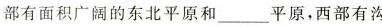
部有面积广阔的东北平原和___平原，西部有沟